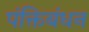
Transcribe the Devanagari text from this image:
पंक्तिबंधन